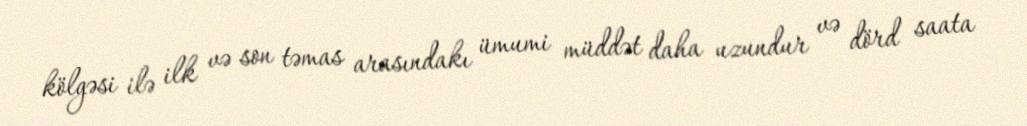
kölgəsi ilə ilk və son təmas arasındakı ümumi müddət daha uzundur və dörd saata